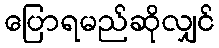
ပြောရမည်ဆိုလျှင်